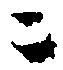
ニ